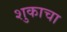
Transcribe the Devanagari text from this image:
शुकाचा